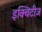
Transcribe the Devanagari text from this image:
इक्विटीज़